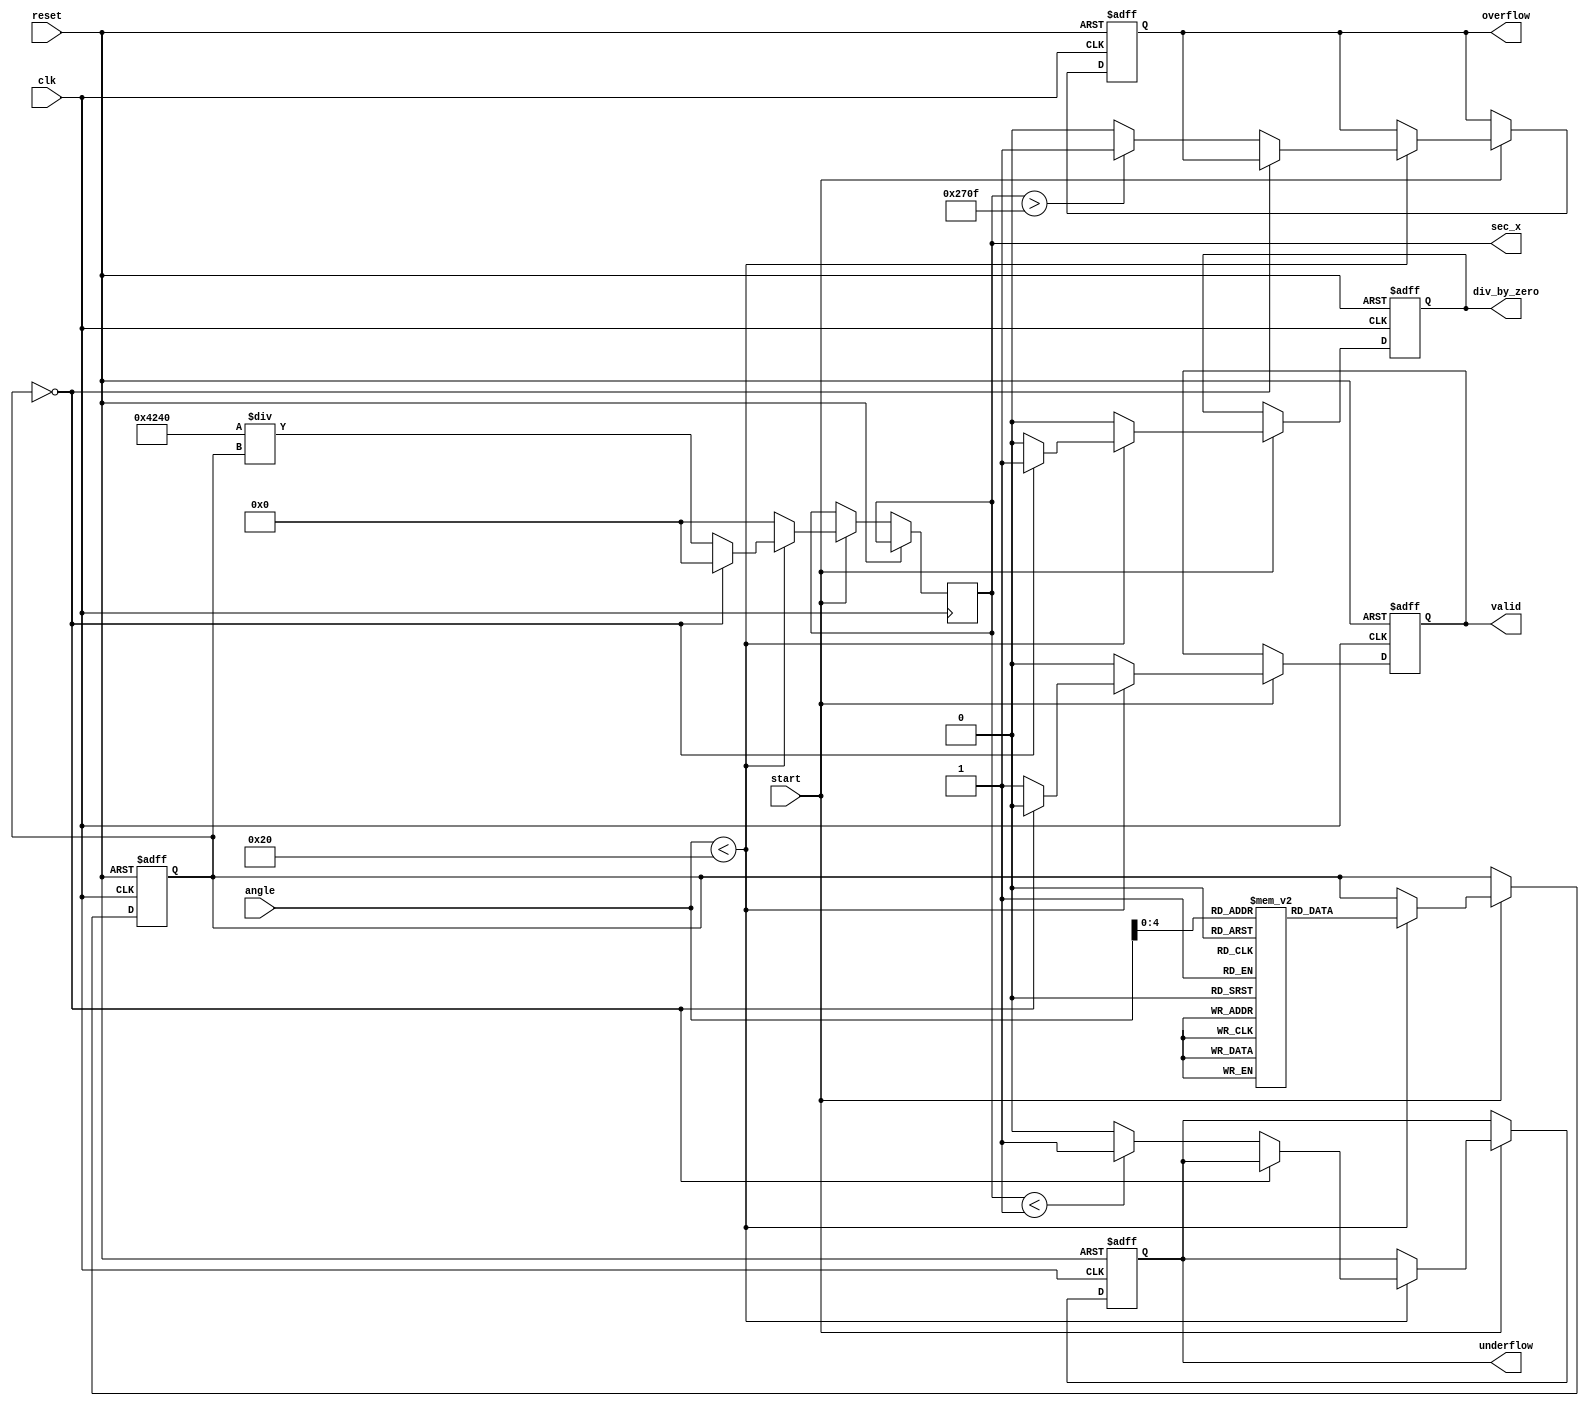
module secant_function(
    input wire [15:0] angle,        // Fixed-point representation of the input angle (in radians)
    input wire start,               // Start signal for computation
    input wire clk,                 // Clock signal
    input wire reset,               // Reset signal
    output reg [15:0] sec_x,        // Output: secant value in fixed-point
    output reg valid,               // Output: validity of the output
    output reg overflow,            // Output: overflow flag
    output reg underflow,           // Output: underflow flag
    output reg div_by_zero          // Output: division by zero flag
);

    // Internal signals
    reg [15:0] cos_x;               // Cosine Output
    reg state;                      // FSM state
    
    // Cosine LUT (for fixed-point representation, cos(x) approximated)
    reg [15:0] cos_lut [0:31];  // 32 entries for cosine look-up table
    initial begin
        // Initialize LUT with precomputed cosine values
        cos_lut[0]  = 16'd1000;  // cos(0)
        cos_lut[1]  = 16'd987;   // cos(/16)
        cos_lut[2]  = 16'd924;   // cos(/8)
        cos_lut[3]  = 16'd866;   // cos(3/16)
        cos_lut[4]  = 16'd707;   // cos(/4)
        cos_lut[5]  = 16'd500;   // cos(5/16)
        cos_lut[6]  = 16'd258;   // cos(3/8)
        cos_lut[7]  = 16'd0;     // cos(/2) (will be used for div_by_zero)
        // Continue to fill in other LUT values
        // For simplicity, using fixed points; values will need scaling based on fixed-point config.
    end
    
    // Cosine computation (using a simple lookup)
    always @(posedge clk or posedge reset) begin
        if (reset) begin
            cos_x <= 16'd0;
            valid <= 0;
            overflow <= 0;
            underflow <= 0;
            div_by_zero <= 0;
        end
        else if (start) begin
            // Assume angle is scaled to range [0, 31] for LUT index
            if (angle < 32) begin
                cos_x <= cos_lut[angle]; // Get cosine from LUT
                
                // Check for undefined case (cos(x) = 0)
                if (cos_x == 16'd0) begin
                    div_by_zero <= 1;
                    sec_x <= 16'd0; // Can assign either 0 or a specific error code
                    valid <= 0;
                end else begin
                    div_by_zero <= 0;
                    // Calculate sec(x) = 1 / cos(x)
                    sec_x <= (16'd1000 * 16'd1000) / cos_x; // Assuming a fixed-point multiplication
                    valid <= 1;
                    // Check overflow/underflow
                    if (sec_x > 16'd9999)
                        overflow <= 1; // Set based on specific limits
                    else 
                        overflow <= 0;
                    if (sec_x < 16'd1)
                        underflow <= 1; // Set based on specific limits
                    else 
                        underflow <= 0;
                end
            end else begin
                // Handle invalid angle input
                sec_x <= 16'd0;
                valid <= 0;
                div_by_zero <= 0;
            end
        end
    end
endmodule